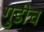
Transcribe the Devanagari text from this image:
गुडीच